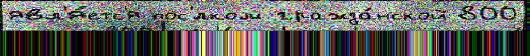
явл'я́етс'я пос'́лком гражда́нской 800